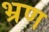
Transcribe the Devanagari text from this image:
भ्रण